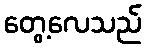
တွေ့လေသည်